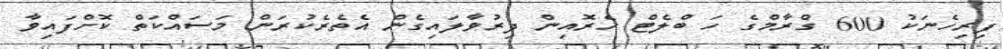
ފިރިހެނަކު 600 ގްރާމްގެ ހަ ބްލެޓް ހެރޮއިން ދިރުވާލައިގެން އެތެރެކުރަން މަސައްކަތް ކޮށްފައިވާ